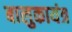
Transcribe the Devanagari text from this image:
बालुकायंत्र